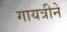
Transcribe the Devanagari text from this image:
गायत्रीने